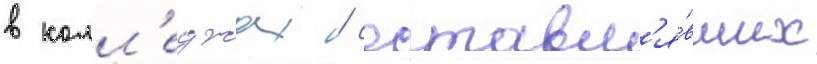
в колл'еджах / составл'я́вших